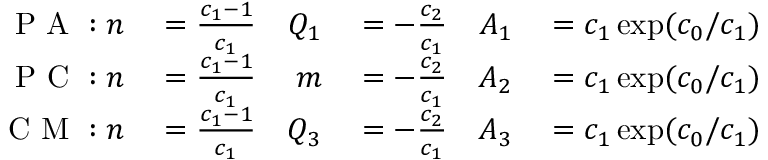
\begin{array} { r l r l r l } { \mathrm { ~ P ~ A ~ } : n } & { { } = \frac { c _ { 1 } - 1 } { c _ { 1 } } } & { Q _ { 1 } } & { { } = - \frac { c _ { 2 } } { c _ { 1 } } } & { A _ { 1 } } & { { } = c _ { 1 } \exp ( c _ { 0 } / c _ { 1 } ) } \\ { \mathrm { ~ P ~ C ~ } : n } & { { } = \frac { c _ { 1 } - 1 } { c _ { 1 } } } & { m } & { { } = - \frac { c _ { 2 } } { c _ { 1 } } } & { A _ { 2 } } & { { } = c _ { 1 } \exp ( c _ { 0 } / c _ { 1 } ) } \\ { \mathrm { ~ C ~ M ~ } : n } & { { } = \frac { c _ { 1 } - 1 } { c _ { 1 } } } & { Q _ { 3 } } & { { } = - \frac { c _ { 2 } } { c _ { 1 } } } & { A _ { 3 } } & { { } = c _ { 1 } \exp ( c _ { 0 } / c _ { 1 } ) } \end{array}